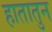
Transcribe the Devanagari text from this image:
हातातुन